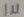
Text: 1u